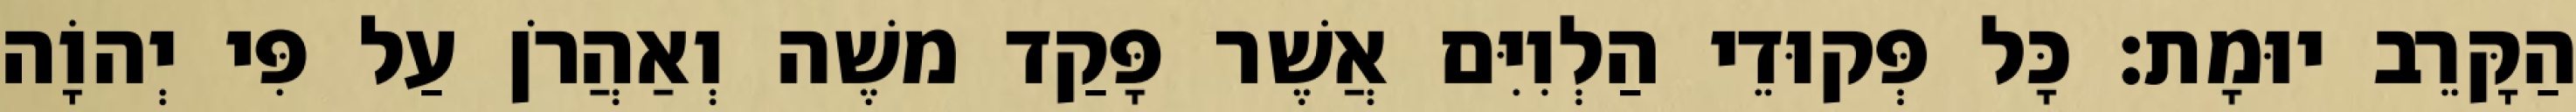
הַקָּרֵב יוּמָת׃ כָּל פְּקוּדֵי הַלְוִיִּם אֲשֶׁר פָּקַד משֶׁה וְאַהֲרֹן עַל פִּי יְהוָֹה